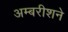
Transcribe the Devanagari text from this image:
अम्बरीशने